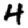
Digit: 4